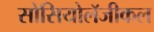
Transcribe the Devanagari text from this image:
सोसियोलॅजीकल